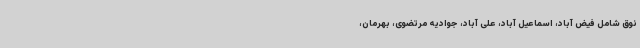
نوق شامل فیض آباد، اسماعیل آباد، علی آباد، جوادیه مرتضوی، بهرمان،